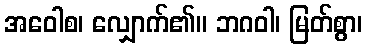
အဝေါစ၊ လျှောက်၏။ ဘဂဝါ၊ မြတ်စွာ၊